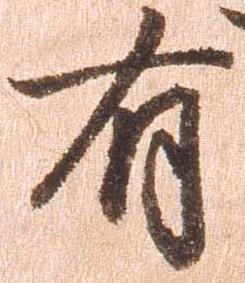
有